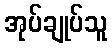
အုပ်ချုပ်သူ